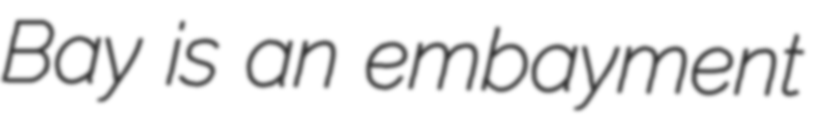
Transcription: Bay is an embayment